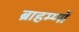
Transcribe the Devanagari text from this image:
ब्राहम्‍णों